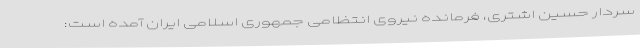
سردار حسین اشتری، فرمانده نیروی انتظامی جمهوری اسلامی ایران آمده است: